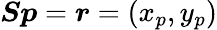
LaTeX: \boldsymbol{Sp}=\boldsymbol r=(x_{p},y_{p})